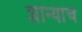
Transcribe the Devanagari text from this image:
ज्ञान्यांचें